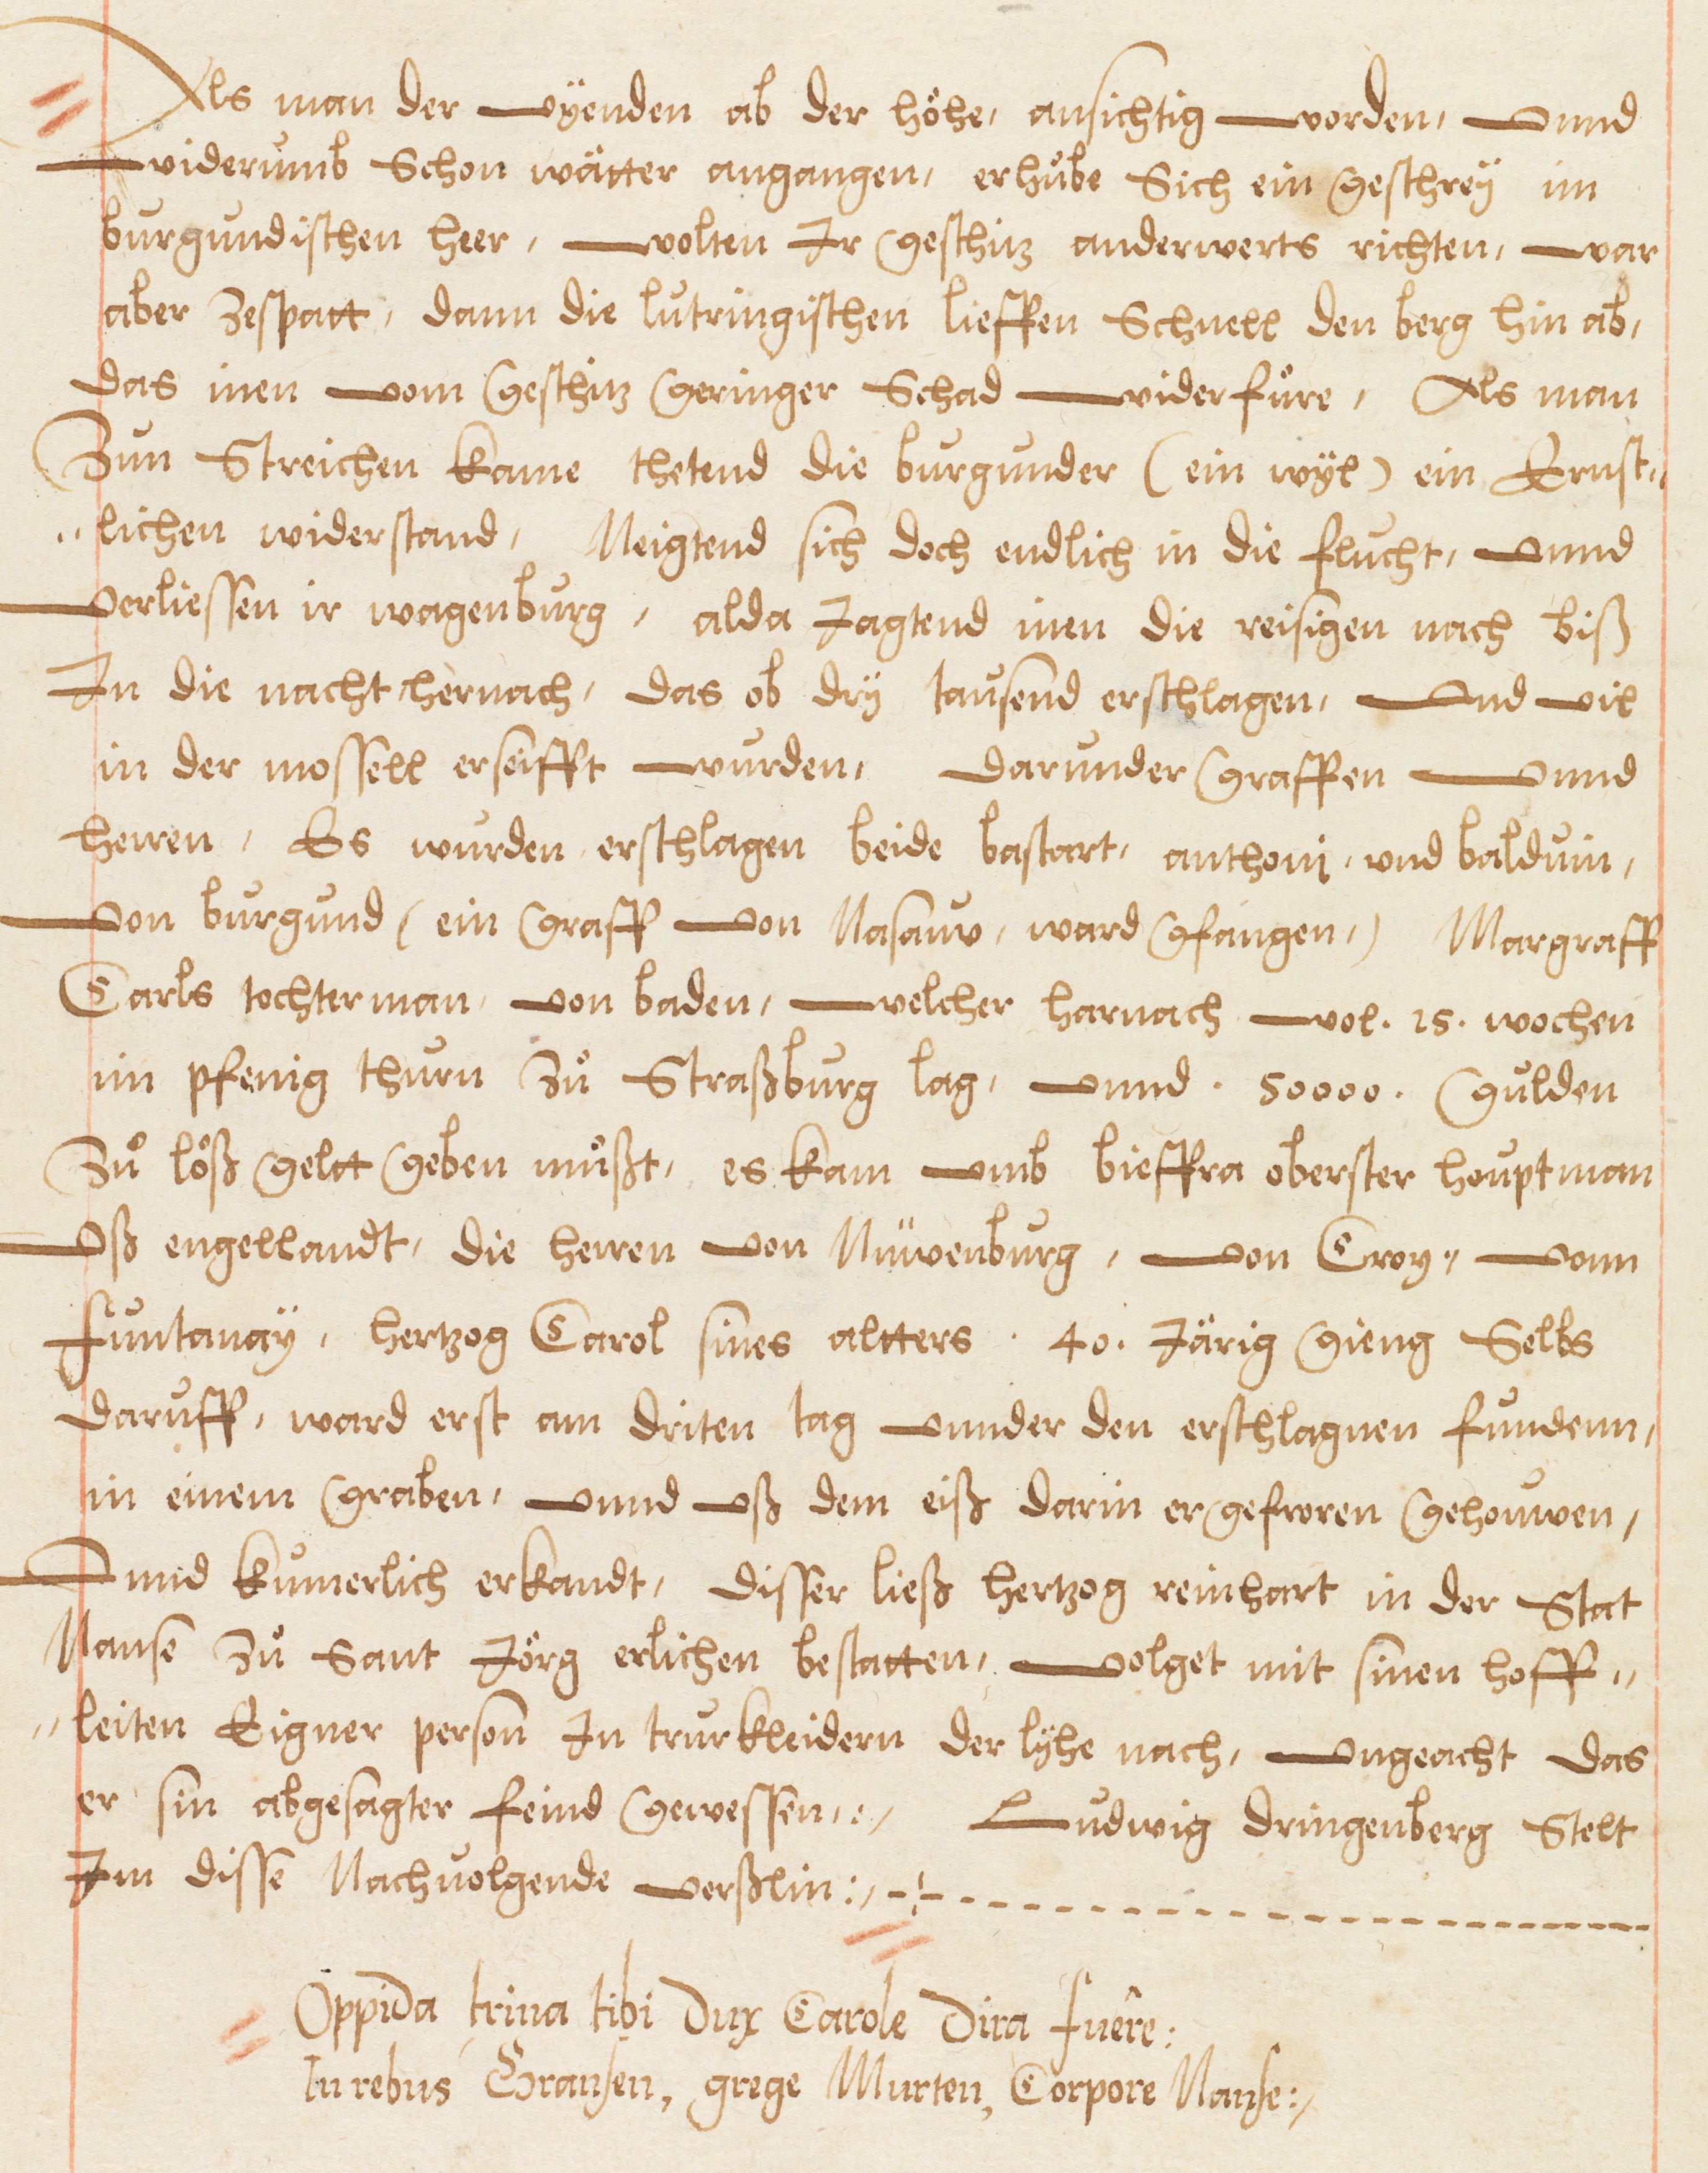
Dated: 1578–1580